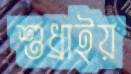
শুধ্‌রাইয়